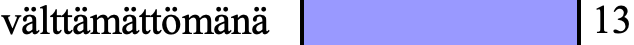
välttämättömänä     13